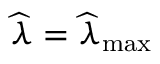
\widehat { \lambda } = \widehat { \lambda } _ { \mathrm { m a x } }